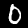
Label: 0